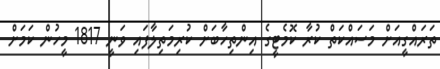
ތަރައްގީއަށް މަސައްކަތް ކުރާ ކޮމެޓީގެ އިންތިހާބަށް ކުރިމަތިލާފައި ވަނީ 1817 މީހުން ކަމަށް